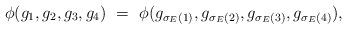
LaTeX: \begin{align*}\phi(g_{1},g_{2},g_{3},g_{4})\ =\ \phi(g_{\sigma_{E}(1)},g_{\sigma_{E}(2)}, g_{\sigma_{E}(3)},g_{\sigma_{E}(4)}),\end{align*}